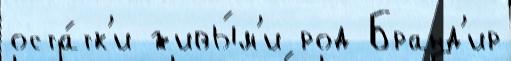
оста́тк'и живы́м'и род Бранд'ир